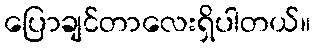
ပြောချင်တာလေးရှိပါတယ်။